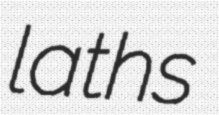
laths